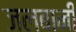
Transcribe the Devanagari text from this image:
जलबानी